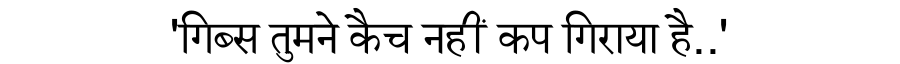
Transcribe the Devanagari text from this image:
'गिब्स तुमने कैच नहीं कप गिराया है..'